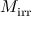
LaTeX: M _ { \mathrm { { i r r } } }